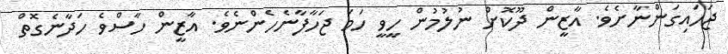
ޖަހައިގަންނާށެވެ. އާޒީން ދޫކޮށް ނުލުމުން ހީވީ ހަމަ ޖަހާފާނެހެންނެވެ. އާޒީން ހާސްވެ ހަދާނެގޮތް